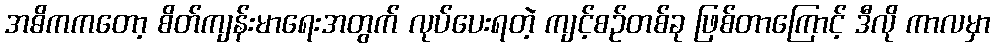
အဓိကကတော့ စိတ်ကျန်းမာရေးအတွက် လုပ်ပေးရတဲ့ ကျင့်စဉ်တစ်ခု ဖြစ်တာကြောင့် ဒီလို ကာလမှာ